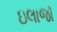
ઇલાજો